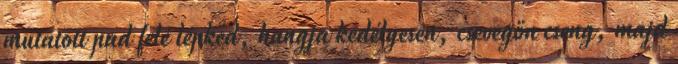
mutatott pad felé lépked, hangja kedélyesen, csevegőn cseng, majd